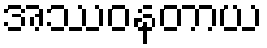
အဿဝနတာယ